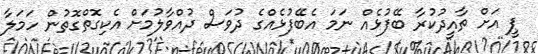
ޕީ އަށް ތާއީދުކުރާ ބޭފުޅެއް ނަމަ އެބޭފުޅެއްގެ ދުވަސް ދުއްވާލުމަށް އެކިގޮތްގޮތުން ހަމަލާ